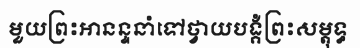
មួយព្រះអានន្ទនាំទៅថ្វាយបង្គំព្រះសម្តុទ្ធ